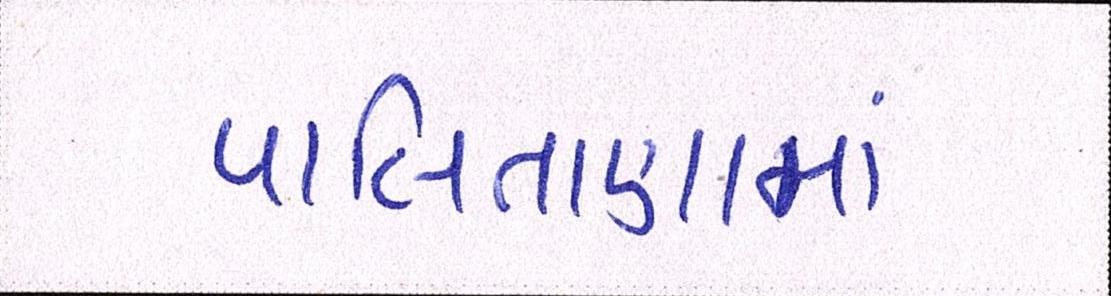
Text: પાલિતાણામાં